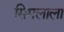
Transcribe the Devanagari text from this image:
सिमलाला